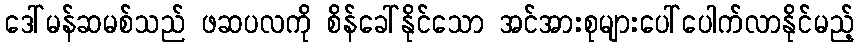
ဒေါ်မန်ဆမစ်သည် ဖဆပလကို စိန်ခေါ်နိုင်သော အင်အားစုများပေါ်ပေါက်လာနိုင်မည့်